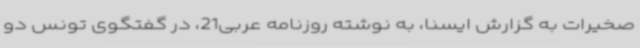
صخیرات به گزارش ایسنا، به نوشته روزنامه عربی21، در گفتگوی تونس دو